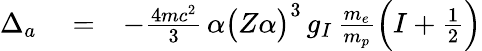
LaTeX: \begin{array}{rlr}{\Delta_{a}}&{{}=}&{-\frac{4mc^{2}}{3}\, \alpha\big(Z\alpha\big)^{3}\, g_{I}\, \frac{m_{e}}{m_{p}}\Big(I+\frac{1}{2}\Big)}\end{array}